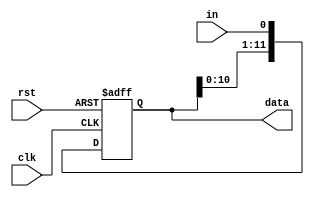
module shift_register #(parameter BITS=12) (
	input clk,
	input rst,
	input in,
	output reg [BITS-1:0] data
);

initial begin
	data = 0;
end

always @(posedge clk or posedge rst) begin
	if (rst) data <= 0;	// Reset data to 0
	else begin 
		data = data << 1;	// Shift left 1 bit
		data[0] = in;		// Set LSB to data in
	end
end

endmodule